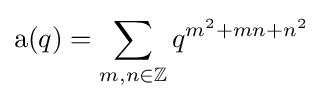
\operatorname {a} (q)=\sum _{m,n\in \mathbb {Z} }q^{m^{2}+mn+n^{2}}